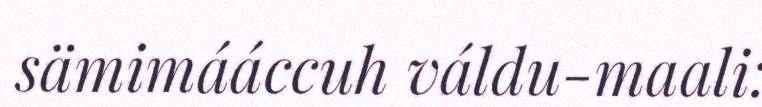
sämimááccuh váldu-maali: